Bréfritari: Sigurður Eiríksson
Viðtakandi: Jón Borgfirðings Jónsson
Dagsetning: A-1865-06-18
Skrifað á: Ingjaldsstöðum  S-Þing.

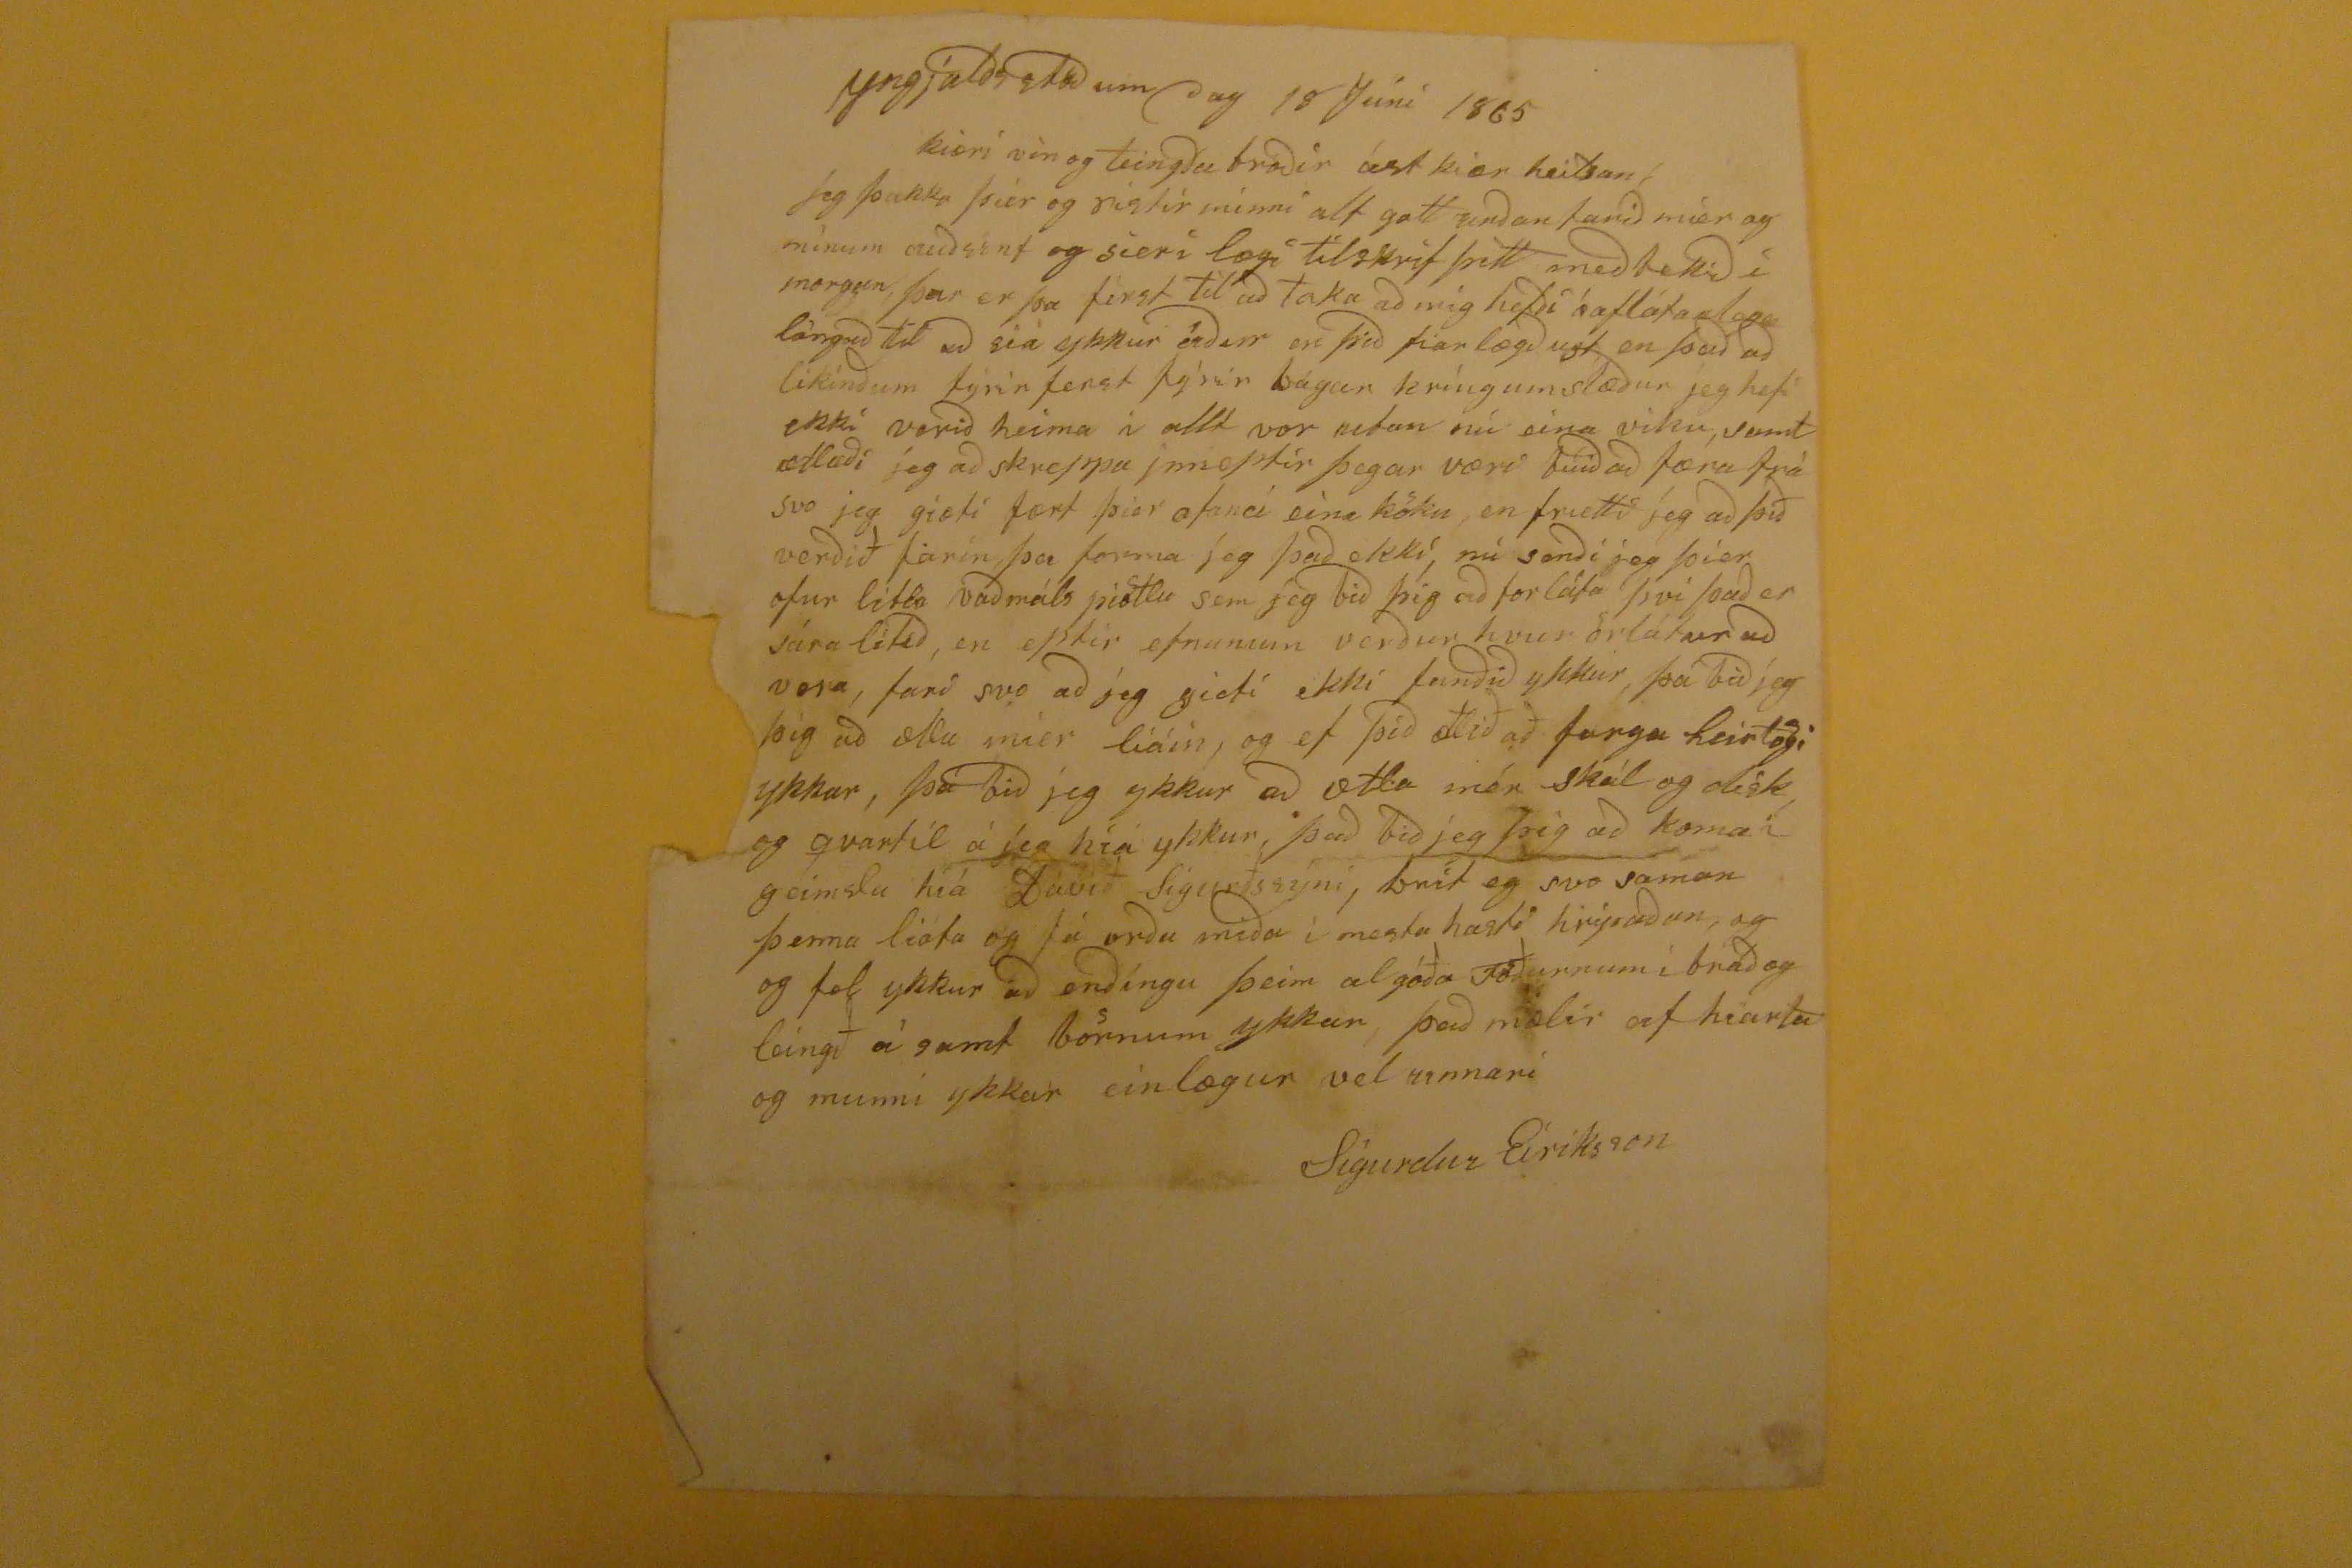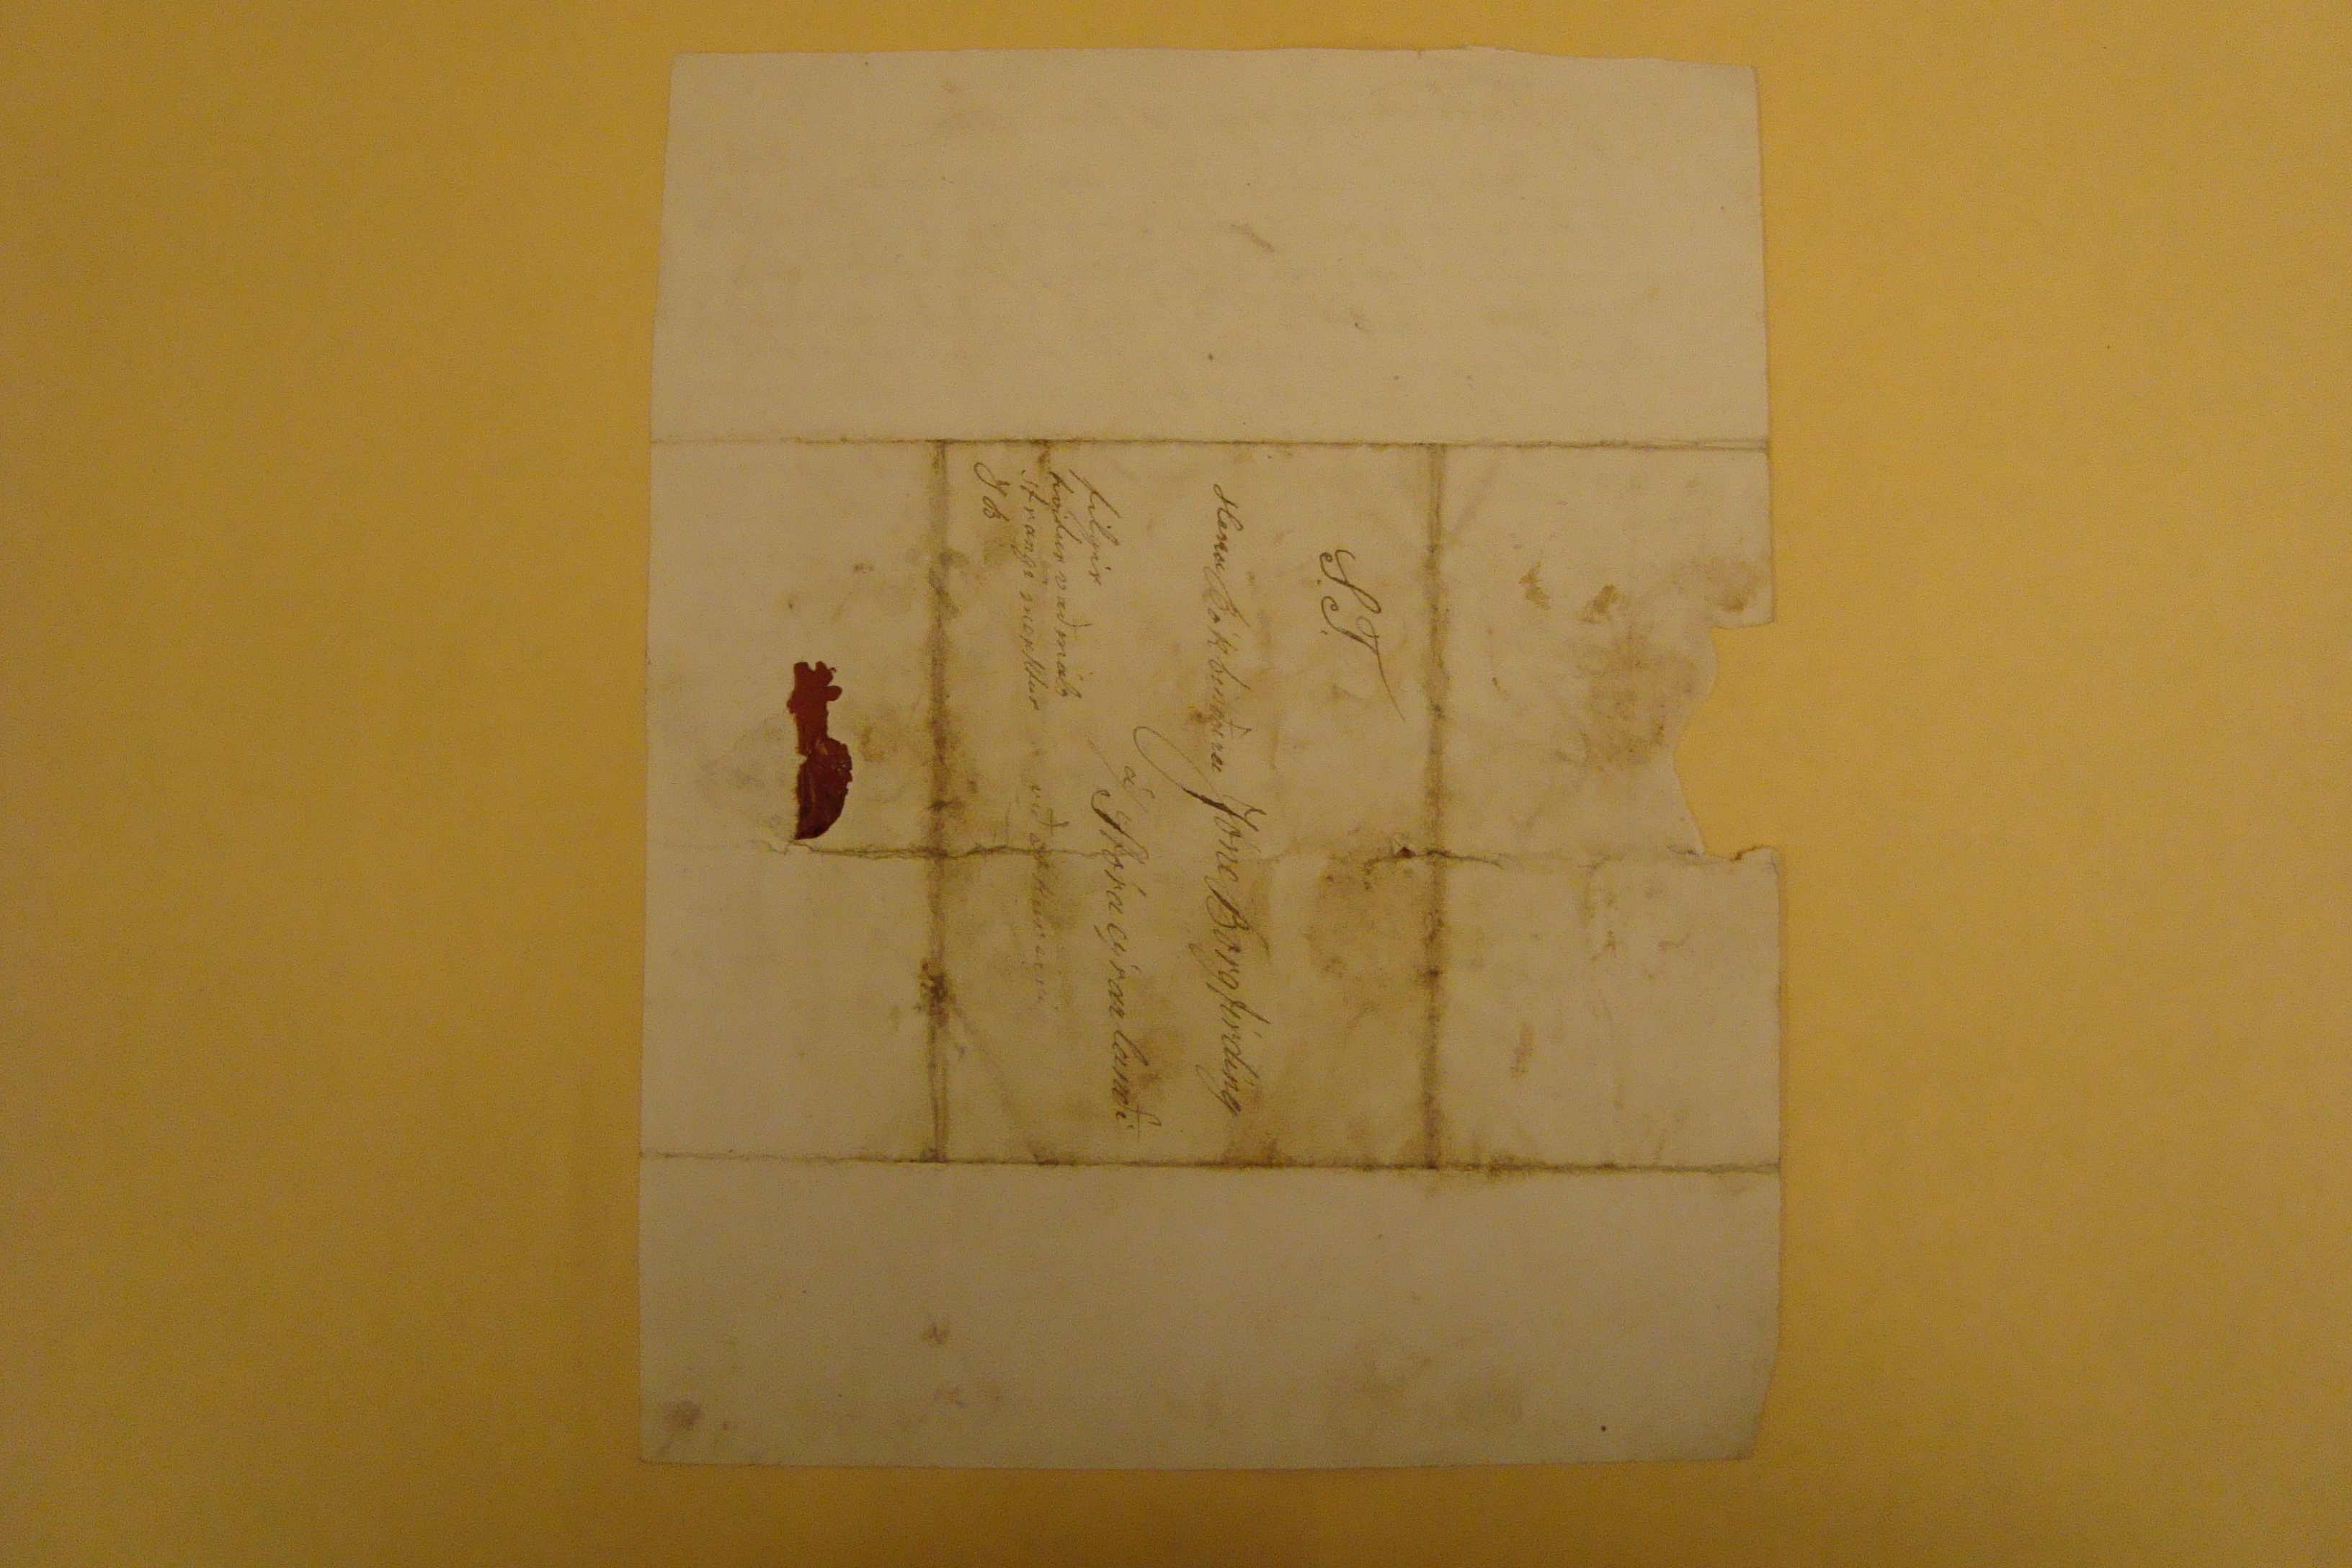

Yngjaldsstöðum dag 18 Júní 1865
kiæri vin og teingða broðir best kiær heilsan
Jeg þakka þier og sistir minni alt gott unðan farið míer og mínum auðsint og sieri lægi tilskrif þitt með tekið í morgun, þar er þa first til að taka að mig hefði
óafláta ??
lángað til að siá ykkur áður en þið fiarlægðust en það að likinðum fyrir ferst fyrir bágar kríngumstæður jeg hefi ekki verið heima í allt vor utan nú eina viku, samt ætlaði jeg að skreppa jnneptir þegar væri búið að færa frá svo jeg giæti fært þier ofaná eina köku, en frietti jeg að þið verðið farin þa forma jeg það ekkí, nú senði jeg þier ofur litla vaðmáls piötlu sem jeg bið þig að forláta því það er sára lítið, en eptir efnunum verður hvur örlátur að vera, fari svo að jeg gieti ekki funðið ykkur, þá bið jeg þig að
ælla
mier líáin, og ef þið ætlið að farga
hártogi
ykkar, þá bið jeg ykkur að ætla mér skál og disk og qvartil á jeg híá ykkur, það bið jeg þig að koma í geimslu hiá Davíð Sigurðssyni, brit eg svo saman þenna lióta og fá orða miða í mesta hasti hripaðan, og og fel ykkur að enðíngu þeim algóða Föðurnum í bráð og leingð á samt börnum ykkar, það mælir af hiarta og munni ykkar einlægur vel unnari
Sigurdur Eíríksson
S.T.
Herra Bókbinðara Jóni Borgfirding
á/Stóraeyrarlanði
við Akureiri
filgir hvitur vaðmáls strangi merktur J B